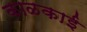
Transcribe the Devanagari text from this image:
काळकाई